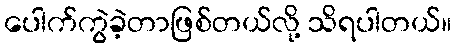
ပေါက်ကွဲခဲ့တာဖြစ်တယ်လို့ သိရပါတယ်။